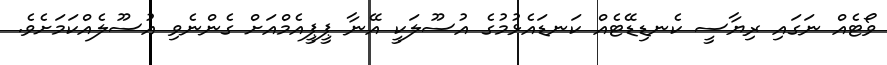
ވޯޓެއް ނަގައި ރިޔާސީ ކެނޑިޑޭޓެއް ކަނޑައެޅުމުގެ އުސޫލަކީ އޭނާ ޕީޕީއެމްއަށް ގެންނެވި އުސޫލެއްކަމަށެވެ.